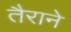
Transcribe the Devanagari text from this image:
तैराने